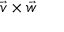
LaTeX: { \vec { v } } \times { \vec { w } }